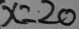
x = 2 0